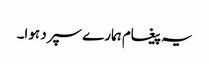
یہ پیغام ہمارے سپرد ہوا۔